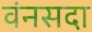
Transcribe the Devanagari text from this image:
वंनसदा